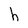
Character: h